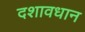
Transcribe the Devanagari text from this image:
दशावधान